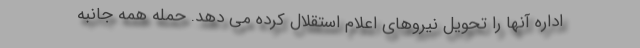
اداره آنها را تحویل نیروهای اعلام استقلال کرده می دهد. حمله همه جانبه